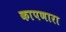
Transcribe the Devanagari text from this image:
कापणारा